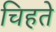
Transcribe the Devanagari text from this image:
चिहते